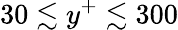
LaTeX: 30\lesssim y^{+}\lesssim 300